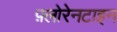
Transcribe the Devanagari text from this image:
फ़्लोरेनटाइन